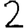
Digit: 2